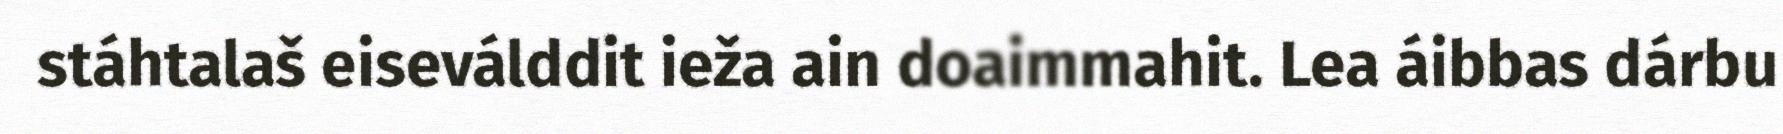
stáhtalaš eiseválddit ieža ain doaimmahit. Lea áibbas dárbu